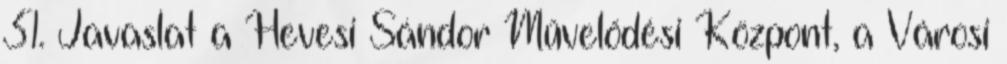
31. Javaslat a Hevesi Sándor Művelődési Központ, a Városi